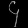
Digit: ၄